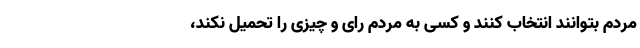
مردم بتوانند انتخاب کنند و کسی به مردم رای و چیزی را تحمیل نکند،